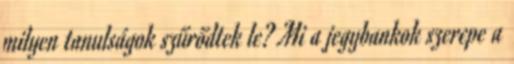
milyen tanulságok szűrődtek le? Mi a jegybankok szerepe a